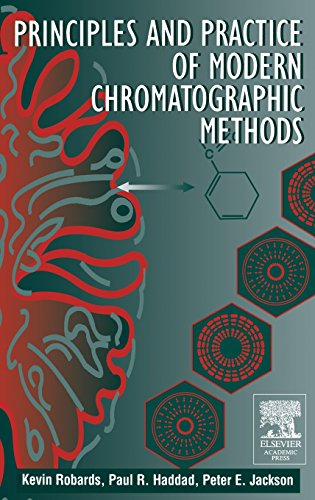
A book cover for Principles and Practice of Modern Chromatographic Methods; Kevin Robards; Science & Math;